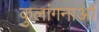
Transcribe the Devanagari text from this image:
कुलांगनाओं